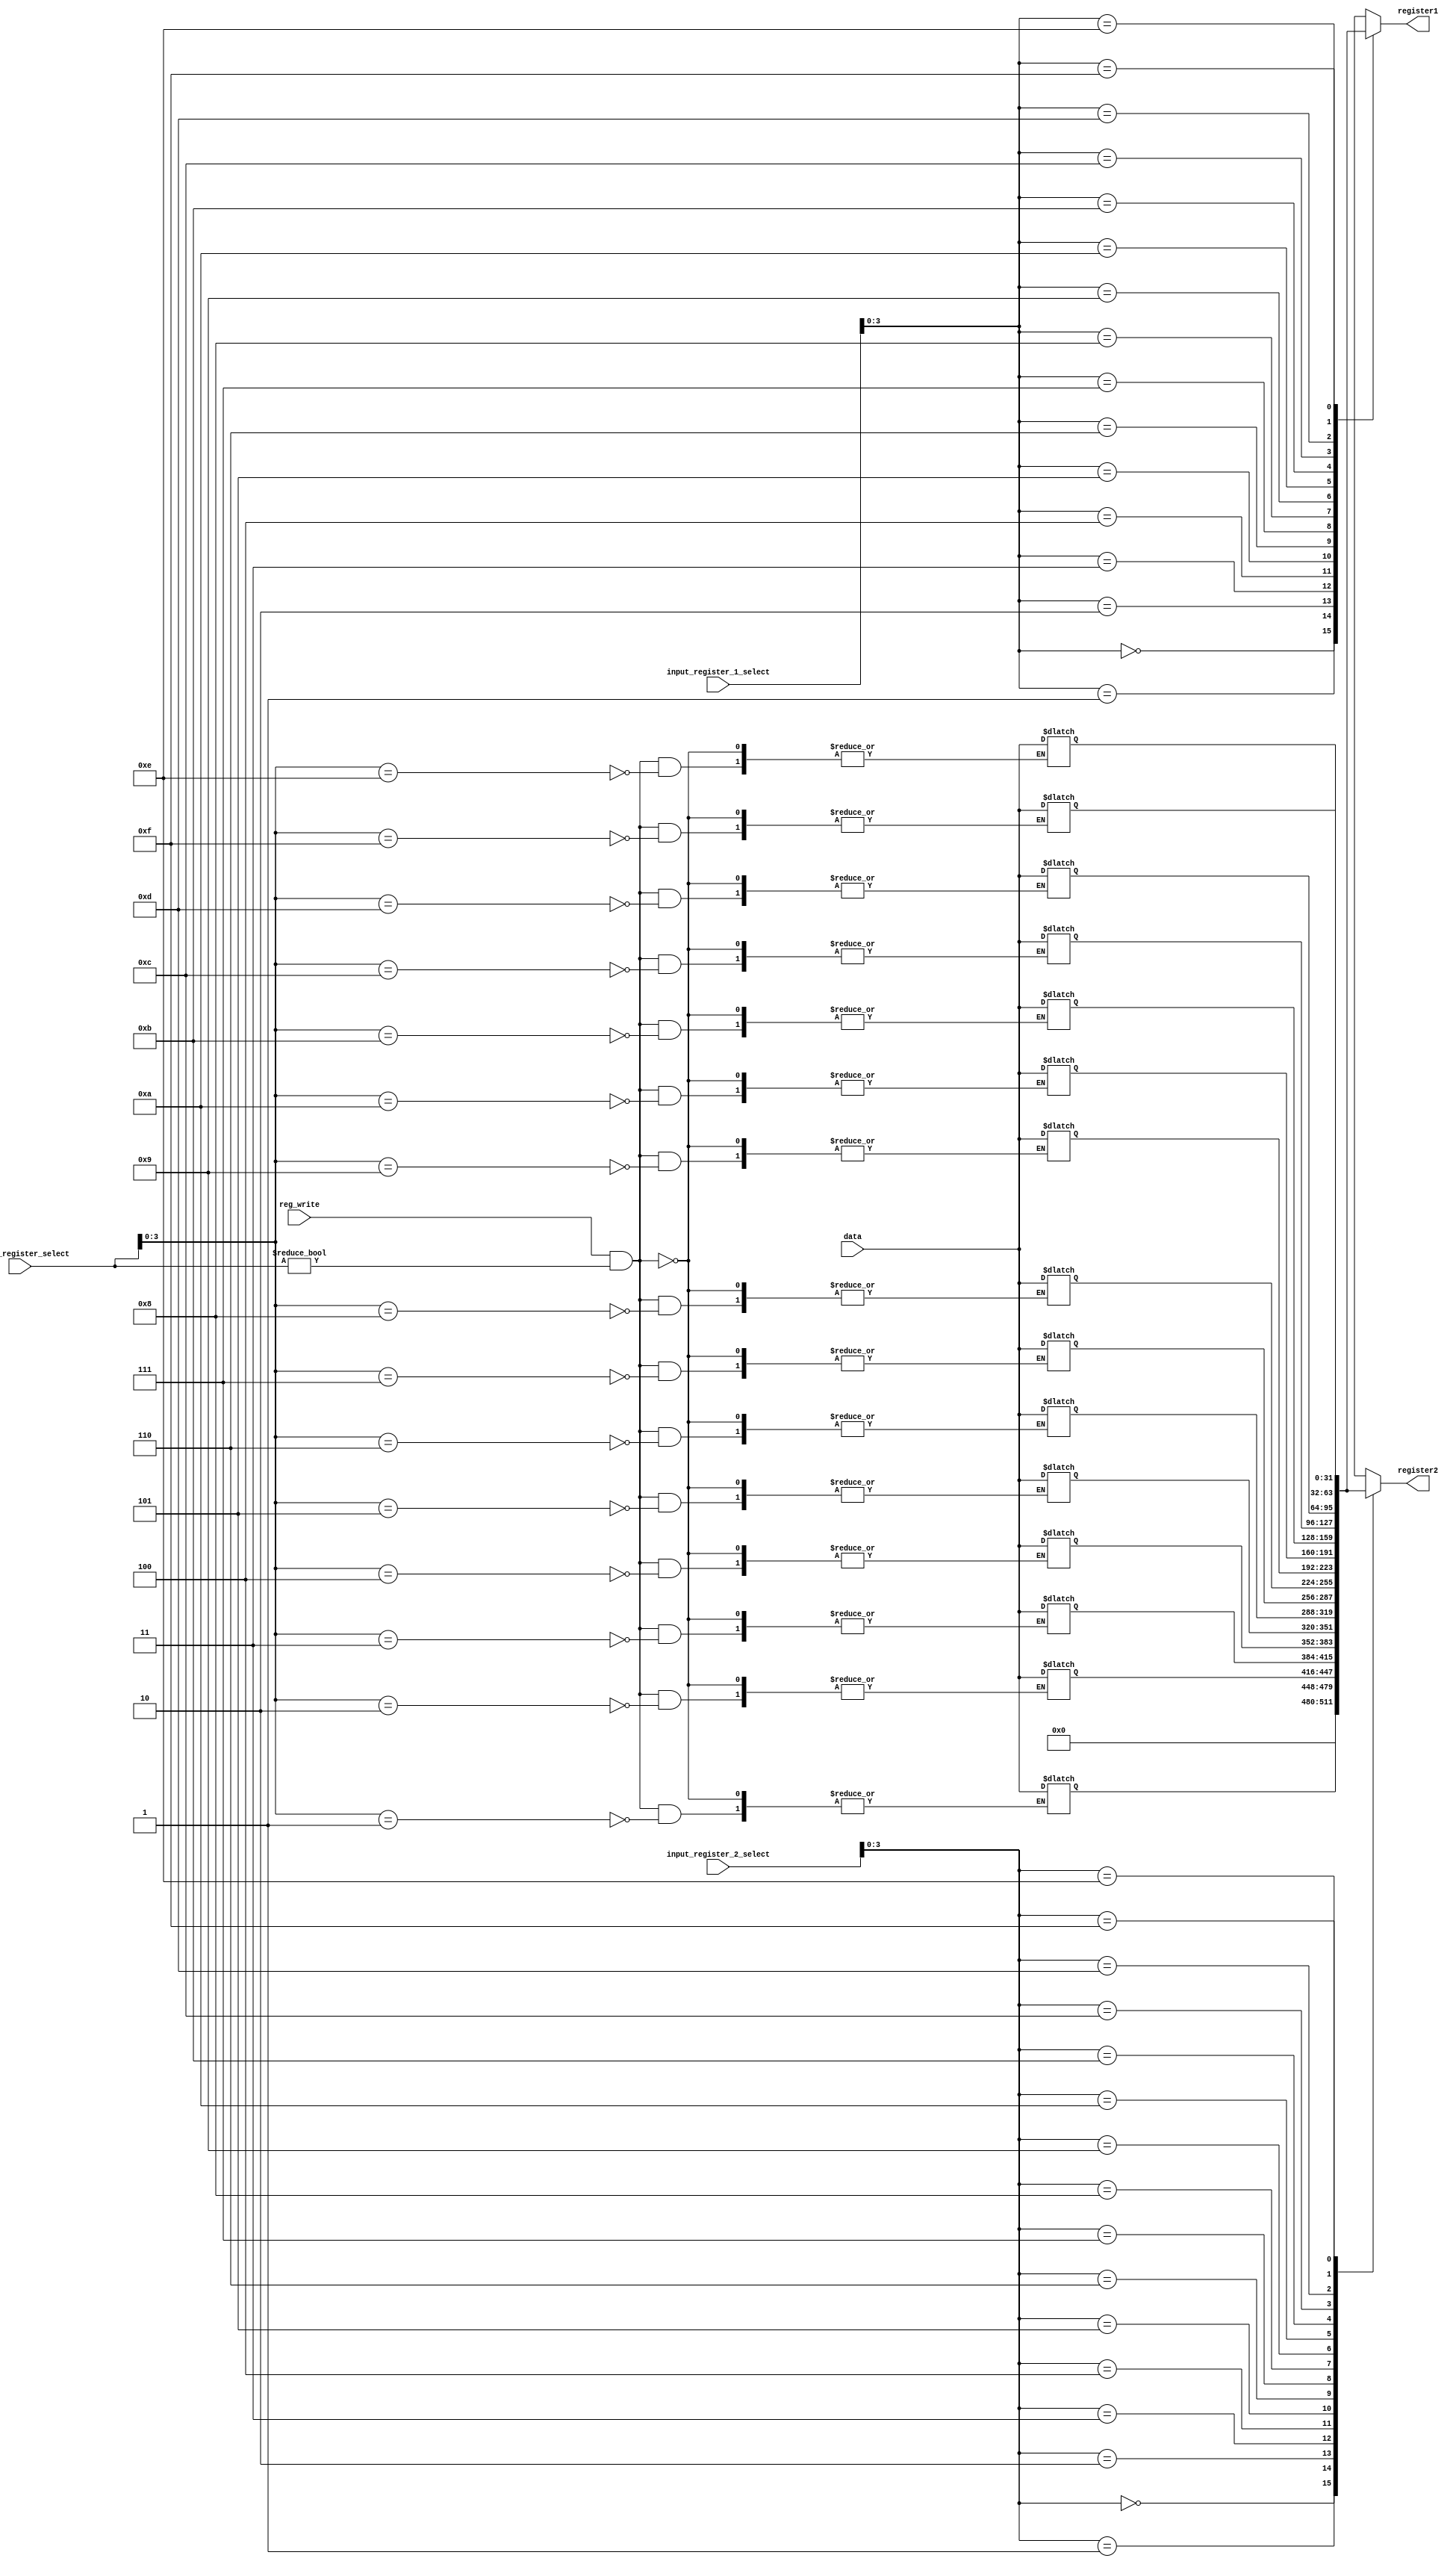
module RegisterFile(
	input[4:0] input_register_1_select, 
	input[4:0] input_register_2_select, 
	input[4:0] output_register_select, 
	input reg_write, 
	input[31:0] data, 
	output reg[31:0] register1, 
	output reg[31:0] register2
	); 

	reg [31:0] register_list[0:15];

	always@* begin
		register1 <= register_list[input_register_1_select];
		register2 <= register_list[input_register_2_select];

		if (reg_write == 1 & output_register_select!=0) 
			register_list[output_register_select] <= data;
		
		
		register_list[0] <= 32'b00000000_00000000_00000000_00000000;

	end

endmodule